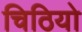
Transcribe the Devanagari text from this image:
चिठियो